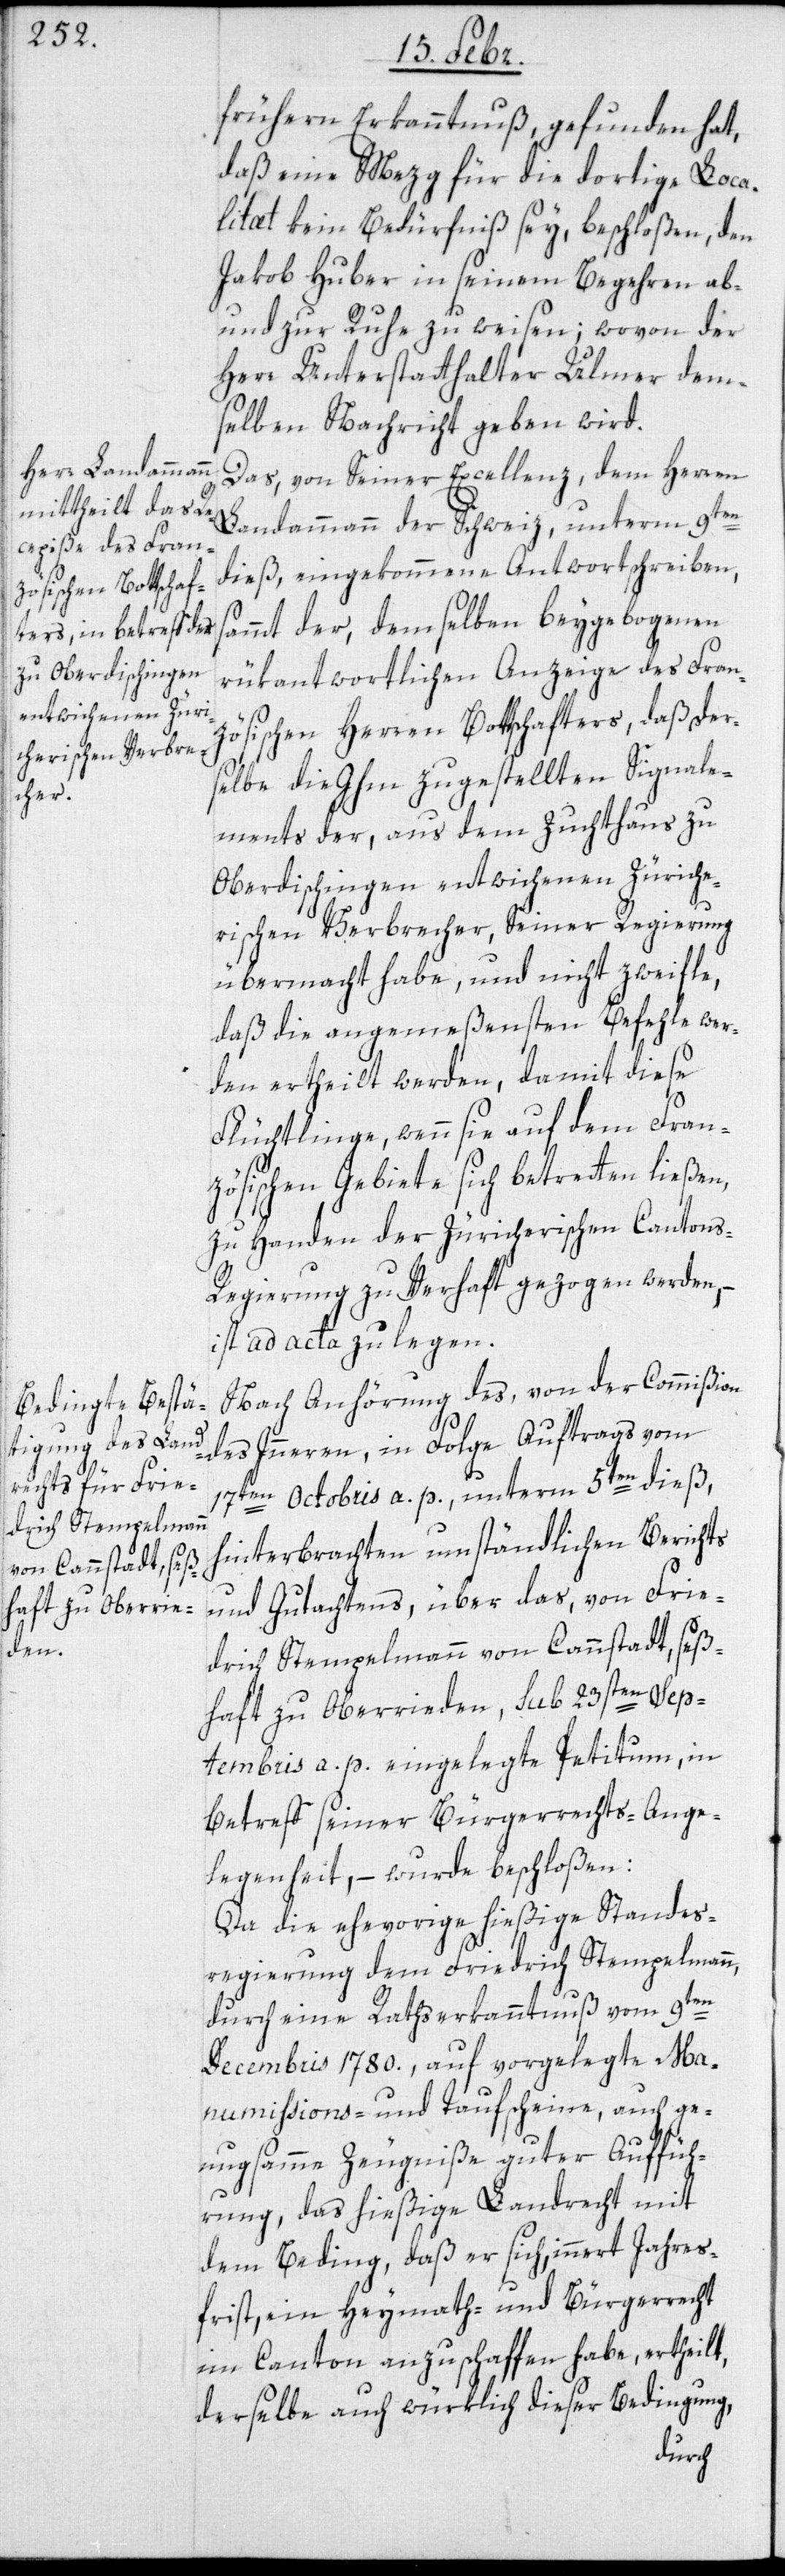
frühern Erkanntnuß, gefunden hat,
daß eine Mezg für die dortige Loca¬
litæt kein Bedürfniß sey, beschloßen, den
Jakob Huber in seinem Begehren ab-
und zur Ruhe zu weisen; wovon der
Herr Unterstatthalter Ulmer dem¬
selben Nachricht geben wird.
Das, von Seiner Excellenz dem Herren
Landammann der Schweiz, unterm 9ten
dieß, eingekommene Antwortschreiben,
sammt der, demselben beygebogenen
rükantwortlichen Anzeige des Fran¬
zösischen Herren Bottschafters, daß der¬
selbe die Ihm zugestellten Signale¬
ments der, aus dem Zuchthaus zu
Oberdischingen entwichenen Züriche¬
rischen Verbrecher, Seiner Regierung
übermacht habe, und nicht zweyfle,
daß die angemeßensten Befehle wer¬
den ertheilt werden, damit diese
Flüchtlinge, wenn sie auf dem Fran¬
zösischen Gebiete sich betretten ließen,
zu Handen der Züricherischen Canton¬
s-Regierung zu Verhaft gezogen werden, –
ist ad acta zu legen.
Nach Anhörung des, von der Commißion
des Inneren, in Folge Auftrags vom
17ten Octobris a. p., unterm 5ten dieß,
hinterbrachten umständlichen Berichts
und Gutachtens, über das, von Frie¬
drich Stempelmann von Cannstadt, seß¬
haft zu Oberrieden, sub 23sten Sep¬
tembris a. p. eingelegte Petitum, in
Betreff seiner Bürgerrechts-Ange¬
legenheit, – wurde beschloßen:
Da die ehevorige hießige Standes¬
regierung dem Friedrich Stempelmann,
durch eine Rathserkanntnuß vom 9ten
Decembris 1780., auf vorgelegte Man¬
umissions- und Taufscheine, auch ge¬
nugsamme Zeugniße guter Auffüh¬
rung, das hießige Landrecht mit
dem Beding, daß er sich, innert Jahres¬
frist, ein Heymath- und Bürgerrecht
im Canton anzuschaffen habe, ertheilt,
derselbe auch würklich dieser Bedingung,